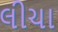
લીચા